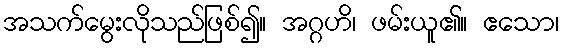
အသက်မွေးလိုသည်ဖြစ်၍။ အဂ္ဂဟိ၊ ဖမ်းယူ၏။ ဧသော၊